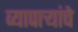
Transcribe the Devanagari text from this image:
व्यापाऱ्यांचे